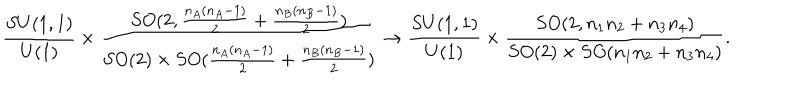
\frac { S U ( 1 , 1 ) } { U ( 1 ) } \times \frac { S O ( 2 , \frac { n _ { A } ( n _ { A } - 1 ) } { 2 } + \frac { n _ { B } ( n _ { B } - 1 ) } { 2 } ) } { S O ( 2 ) \times S O ( \frac { n _ { A } ( n _ { A } - 1 ) } { 2 } + \frac { n _ { B } ( n _ { B } - 1 ) } { 2 } ) } \to \frac { S U ( 1 , 1 ) } { U ( 1 ) } \times \frac { S O ( 2 , n _ { 1 } n _ { 2 } + n _ { 3 } n _ { 4 } ) } { S O ( 2 ) \times S O ( n _ { 1 } n _ { 2 } + n _ { 3 } n _ { 4 } ) } .